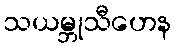
သယမ္ဘုသီဟေန